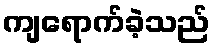
ကျရောက်ခဲ့သည်